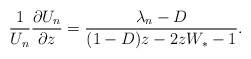
\begin{align*}\frac{1}{U_{n}}\frac{\partial U_{n}}{\partial z}=\frac{\lambda_{n}-D}{(1-D)z-2zW_{*}-1}.\end{align*}